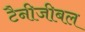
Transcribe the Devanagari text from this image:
टैनीजीबल